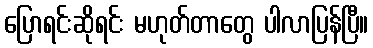
ပြောရင်းဆိုရင်း မဟုတ်တာတွေ ပါလာပြန်ပြီ။